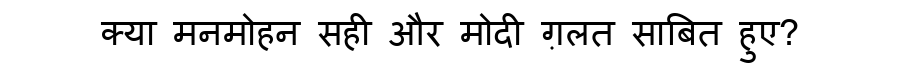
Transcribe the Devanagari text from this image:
क्या मनमोहन सही और मोदी ग़लत साबित हुए?